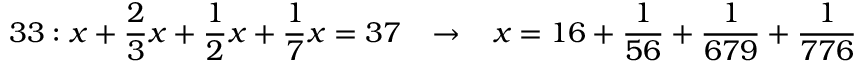
3 3 : x + { \frac { 2 } { 3 } } x + { \frac { 1 } { 2 } } x + { \frac { 1 } { 7 } } x = 3 7 \; \; \; \rightarrow \; \; \; x = 1 6 + { \frac { 1 } { 5 6 } } + { \frac { 1 } { 6 7 9 } } + { \frac { 1 } { 7 7 6 } }